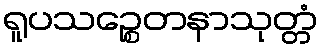
ရူပသဉ္စေတနာသုတ္တံ